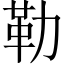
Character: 勒